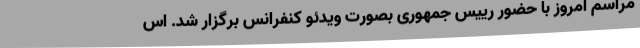
مراسم امروز با حضور رییس جمهوری بصورت ویدئو کنفرانس برگزار شد. اس